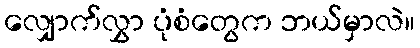
လျှောက်လွှာ ပုံစံတွေက ဘယ်မှာလဲ။